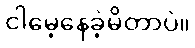
ငါမေ့နေခဲ့မိတာပဲ။